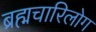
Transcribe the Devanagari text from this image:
ब्रह्मचारिलोग